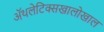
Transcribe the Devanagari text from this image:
ॲथलेटिक्सखालोखाल